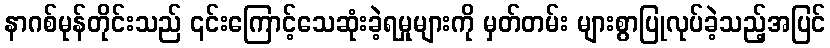
နာဂစ်မုန်တိုင်းသည် ၎င်းကြောင့်သေဆုံးခဲ့ရမှုများကို မှတ်တမ်း များစွာပြုလုပ်ခဲ့သည့်အပြင်